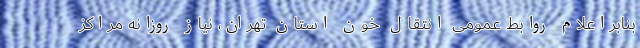
بنابراعلام روابط عمومی انتقال خون استان تهران، نیاز روزانه مراکز